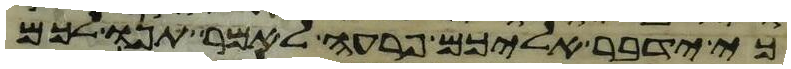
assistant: כי ידבר אליכם פרעה לאמר תנו לכם